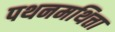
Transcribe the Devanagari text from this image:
पथनमथित्ता